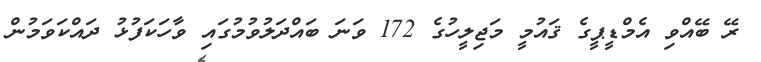
ރޭ ބޭއްވި އެމްޑީޕީގެ ޤައުމީ މަޖިލީހުގެ 172 ވަނަ ބައްދަލުވުމުގައި ވާހަކަފުޅު ދައްކަވަމުން